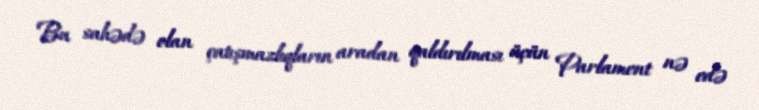
Bu sahədə olan çatışmazlıqların aradan qaldırılması üçün Parlament nə edə